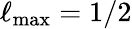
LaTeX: \ell_{\mathrm{max}}=1/2